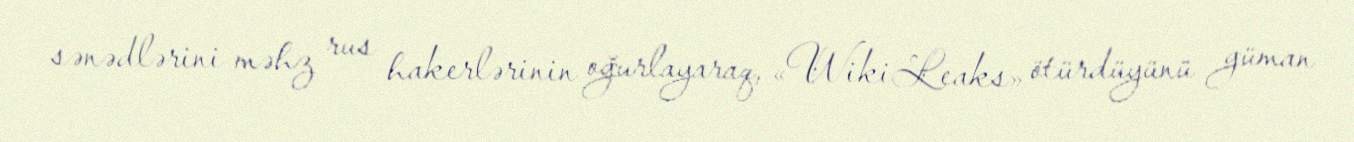
sənədlərini məhz rus hakerlərinin oğurlayaraq, «WikiLeaks» ötürdüyünü güman